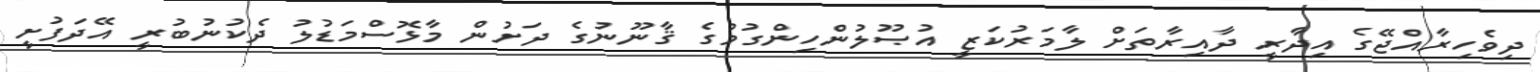
ދިވެހިރާއްޖޭގެ އިދާރީ ދާއިރާތަށް ލާމަރުކަޒީ އުޞޫލުންހިންގުމުގެ ޤާނޫނުގެ ދަށުން މާޅޮސްމަޑުލު ދެކުނުބުރީ އޭދަފުށީ